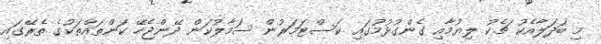
މި ބަދަލާއެކު ޗެކު ލިޔުމާއި ގެންގުޅުމުގައި ކަސްޓަމަރުން ސަމާލުކަން ދޭންޖެހޭ ކަންތައްތަކުގެ ތެރޭގައި